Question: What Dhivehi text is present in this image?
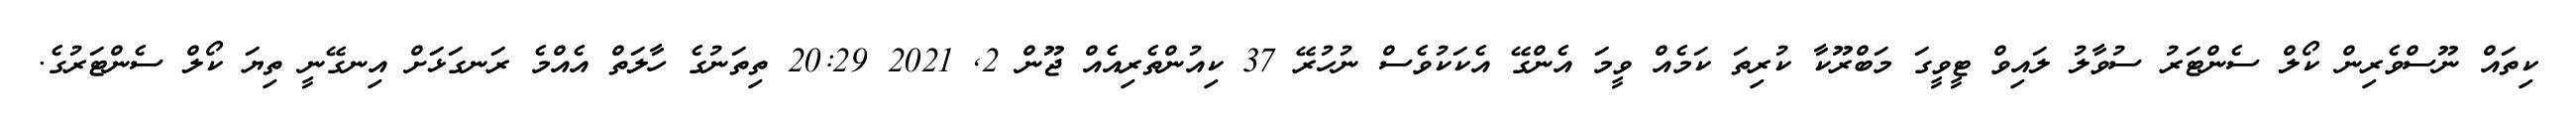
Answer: ކިތައް ނޫސްވެރިން ކޯލް ސެންޓަރު ސުވާލު ލައިވް ޓީވީގަ މަބްރޫކާ ކުރިތަ ކަމެއް ވީމަ އެންގޭ އެކަކުވެސް ނުހުރޭ 37 ކިއުންތެރިއެއް ޖޫން 2, 2021 20:29 ތިތަނުގެ ހާލަތް އެއްމެ ރަނގަޅަށް އިނގޭނީ ތިޔަ ކޯލް ސެންޓަރުގެ.